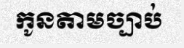
កូនតាមច្បាប់